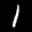
Label: 1